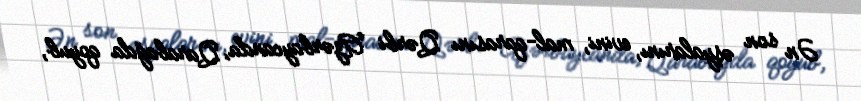
Ən son əşyalarını, evini, mal-qarasını Qərbi Azərbaycanda, Qarabağda qoyub,